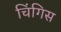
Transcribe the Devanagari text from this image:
चिंगिस